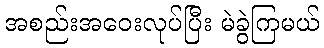
အစည်းအဝေးလုပ်ပြီး မဲခွဲကြမယ်